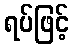
ရပ်ဖြင့်